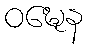
ဝဍ္ဎေန